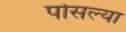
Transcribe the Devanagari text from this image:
पोसल्या